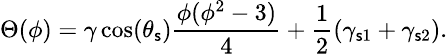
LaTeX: \small\Theta(\phi)=\gamma\cos(\theta_{\mathsf{s}})\frac{{\phi(\phi^{2}-3)}}{{4}}+\frac{{1}}{{2}}(\gamma_{\mathsf{s}1}+\gamma_{\mathsf{s}2}).